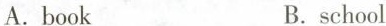
A.book B.school